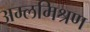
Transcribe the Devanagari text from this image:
अम्लमिश्रण